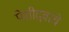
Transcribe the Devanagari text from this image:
पेशीद्र्वाचे